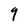
Character: 9